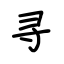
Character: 寻